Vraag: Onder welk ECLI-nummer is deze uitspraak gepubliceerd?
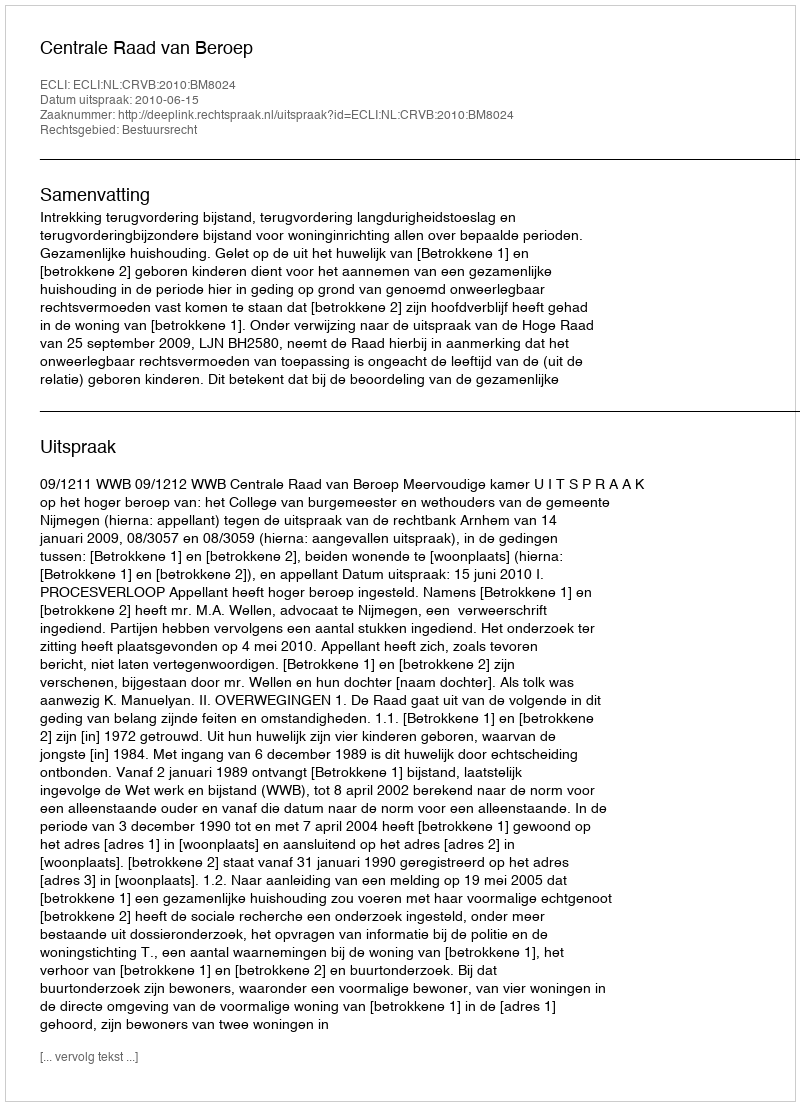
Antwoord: ECLI:NL:CRVB:2010:BM8024